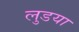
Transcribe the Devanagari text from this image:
लुडया